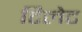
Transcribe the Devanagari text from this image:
टिलेट